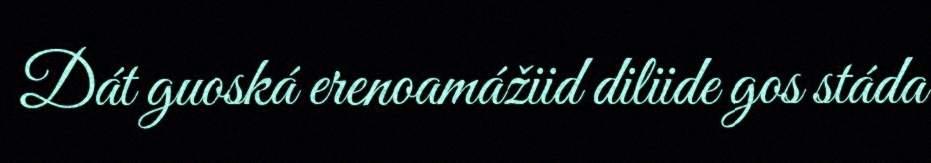
Dát guoská erenoamážiid diliide gos stáda